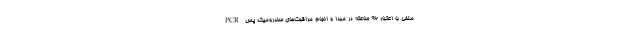
PCR منفی با اعتبار ۹۶ ساعته در مبدا و انجام مراقبت‌های سندرومیک پس